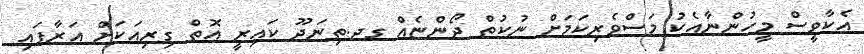
އެކާވީސް މީހުންނާއެކު މަސްވެރިކަމަށް ނުކުތް ދޯންޏެއް ގދ.ތިނަދޫ ކައިރީ އޮތް ގިރިއަކަށް އަރާފައި